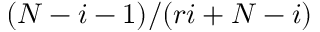
( N - i - 1 ) / ( r i + N - i )